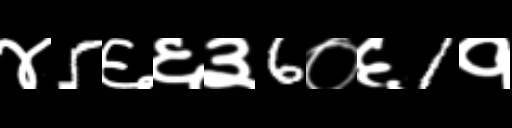
Text: ४5६६३6०६1१